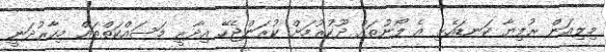
މިލިއަން ރުފިޔާ ކަނޑައެޅި އެ ލޯނުތައް ދޫކުރުމަށް ކުރަންޖެހޭ އިދާރީ މަސައްކަތްތައް މިހާރުދަނީ